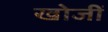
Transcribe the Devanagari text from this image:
खोजीं